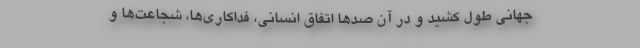
جهانی طول کشید و در آن صدها اتفاق انسانی، فداکاری‌ها، شجاعت‌ها و